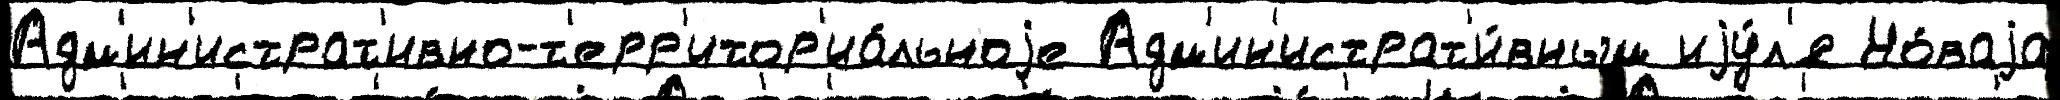
Адм'ин'истрат'ивно-т'ерр'итор'иа́льноjе Адм'ин'истрат'и́вным иjу́л'я Но́ваjа